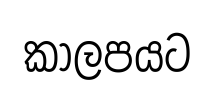
කාලපයට